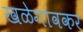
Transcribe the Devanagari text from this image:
खळेगांवकर